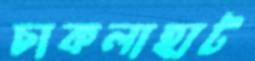
চাকলাহাট